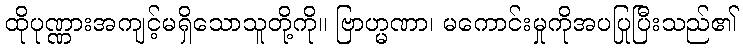
ထိုပုဏ္ဏားအကျင့်မရှိသောသူတို့ကို။ ဗြာဟ္မဏာ၊ မကောင်းမှုကိုအပပြုပြီးသည်၏